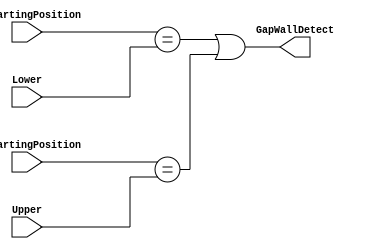
`timescale 1ns / 1ps
//////////////////////////////////////////////////////////////////////////////////
// Company: 
// Engineer: 
// 
// Design Name: 
// Module Name: GapWallDetect
// Project Name: 
// Target Devices: 
// Tool Versions: 
// Description: 
// 
// Dependencies: 
// 
// Revision:
// Revision 0.01 - File Created
// Additional Comments:
// 
//////////////////////////////////////////////////////////////////////////////////


module GapWallDetect(
    input [9:0] DwStartingPosition,
    input [9:0] UpStartingPosition,
    input [9:0] Upper,
    input [9:0] Lower,
    output GapWallDetect    
    );
    
    assign GapWallDetect = (DwStartingPosition == Lower) | (UpStartingPosition == Upper);  
    
    

endmodule